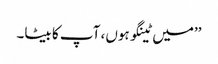
’’میں ٹینگو ہوں، آپ کا بیٹا۔